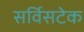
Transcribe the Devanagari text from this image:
सर्विसटेक